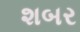
શબર